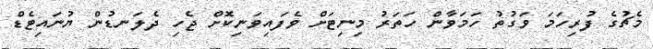
މެޗުގެ ފުރިހަމަ ވަގުތު ހަމަވާން ހަތަރު މިނިޓަށް ވެފައިވަނިކޮށް ޖެހި ދެލަނޑުން ޔުނައިޓެޑް